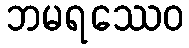
ဘမရဿေဝ